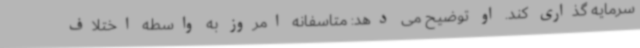
سرمایه گذاری کند. او توضیح می دهد: متاسفانه امروز به واسطه اختلاف